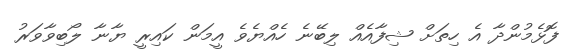
ފޮޅެމުންދާ އެ ހިތަށް ޝިފާއެއް ލިބޭނެ ހެއްޔެވެ އީމަން ކައިރީ ޔާނާ ލޯބިވާވަރު